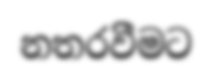
නතරවීමට